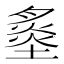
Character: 𡐩